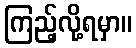
ကြည့်လို့ရမှာ။